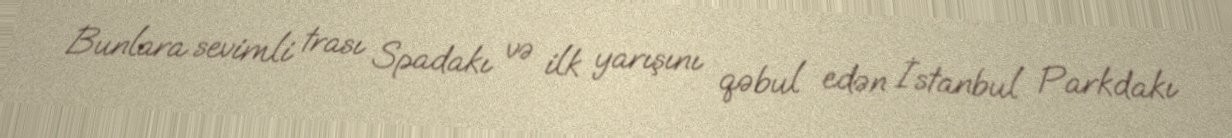
Bunlara sevimli trası Spadakı və ilk yarışını qəbul edən İstanbul Parkdakı